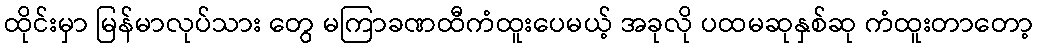
ထိုင်းမှာ မြန်မာလုပ်သား တွေ မကြာခဏထီကံထူးပေမယ့် အခုလို ပထမဆုနှစ်ဆု ကံထူးတာတော့